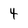
Character: 4